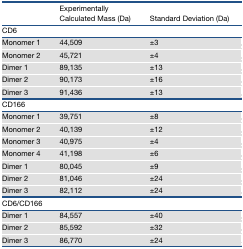
|  | Experimentally Calculated Mass (Da) | Standard Deviation (Da) |
 | --- | --- | --- |
 | <COLSPAN=3> CD6 |
 | Monomer 1 | 44,509 | ±3 |
 | Monomer 2 | 45,721 | ±4 |
 | Dimer 1 | 89,135 | ±13 |
 | Dimer 2 | 90,173 | ±16 |
 | Dimer 3 | 91,436 | ±13 |
 | <COLSPAN=3> CD166 |
 | Monomer 1 | 39,751 | ±8 |
 | Monomer 2 | 40,139 | ±12 |
 | Monomer 3 | 40,975 | ±4 |
 | Monomer 4 | 41,198 | ±6 |
 | Dimer 1 | 80,045 | ±9 |
 | Dimer 2 | 81,046 | ±24 |
 | Dimer 3 | 82,112 | ±24 |
 | <COLSPAN=3> CD6/CD166 |
 | Dimer 1 | 84,557 | ±40 |
 | Dimer 2 | 85,592 | ±32 |
 | Dimer 3 | 86,770 | ±24 |